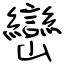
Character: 巒